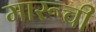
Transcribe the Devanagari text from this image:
मारूची